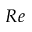
R e